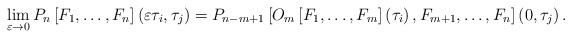
\begin{align*}\lim_{\varepsilon \rightarrow 0}P_{n}\left[ F_{1}, \dots, F_{n}\right]\left( \varepsilon \tau _{i},\tau _{j}\right) =P_{n-m+1}\left[ O_{m}\left[F_{1}, \dots, F_{m}\right] \left( \tau _{i}\right), F_{m+1}, \dots, F_{n} \right] \left( 0,\tau _{j}\right) .\end{align*}